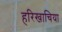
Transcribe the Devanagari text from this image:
हरिखाचिया